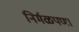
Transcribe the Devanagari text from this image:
निर्मळपणा